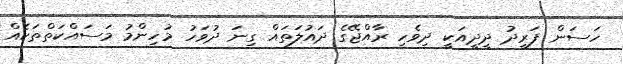
ހަސަން ފަރީދު ދީދީއަކީ ދިވެހި ރާއްޖޭގެ ދައުލަތައް ގިނަ ދުވަހު މުހިންމު މަސައްކަތްތަކެއް